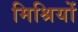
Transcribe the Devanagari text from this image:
मिश्रियों